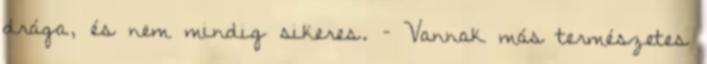
drága, és nem mindig sikeres. – Vannak más természetes